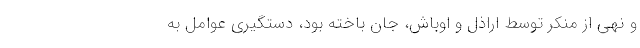
و نهی از منکر توسط اراذل و اوباش، جان باخته بود، دستگیری عوامل به